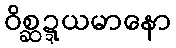
ဝိစ္ဆဍ္ဍယမာနော